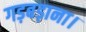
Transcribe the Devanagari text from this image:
गड़बड़ाना।